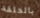
بالحلقة